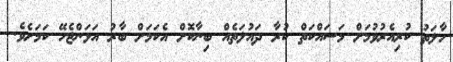
ހާލަތު ކުރިއެރުވުމަށް މަސައްކަތް ކުރާ ދައުލަތެއް ބިނާކޮށް އެކަމަށް ބާރު އަޅަންޖެހޭ ކަމަށެެވެ.